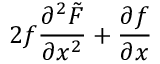
2 f \frac { \partial ^ { 2 } \tilde { F } } { \partial x ^ { 2 } } + \frac { \partial f } { \partial x }